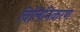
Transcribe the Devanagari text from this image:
विलिनिकरण